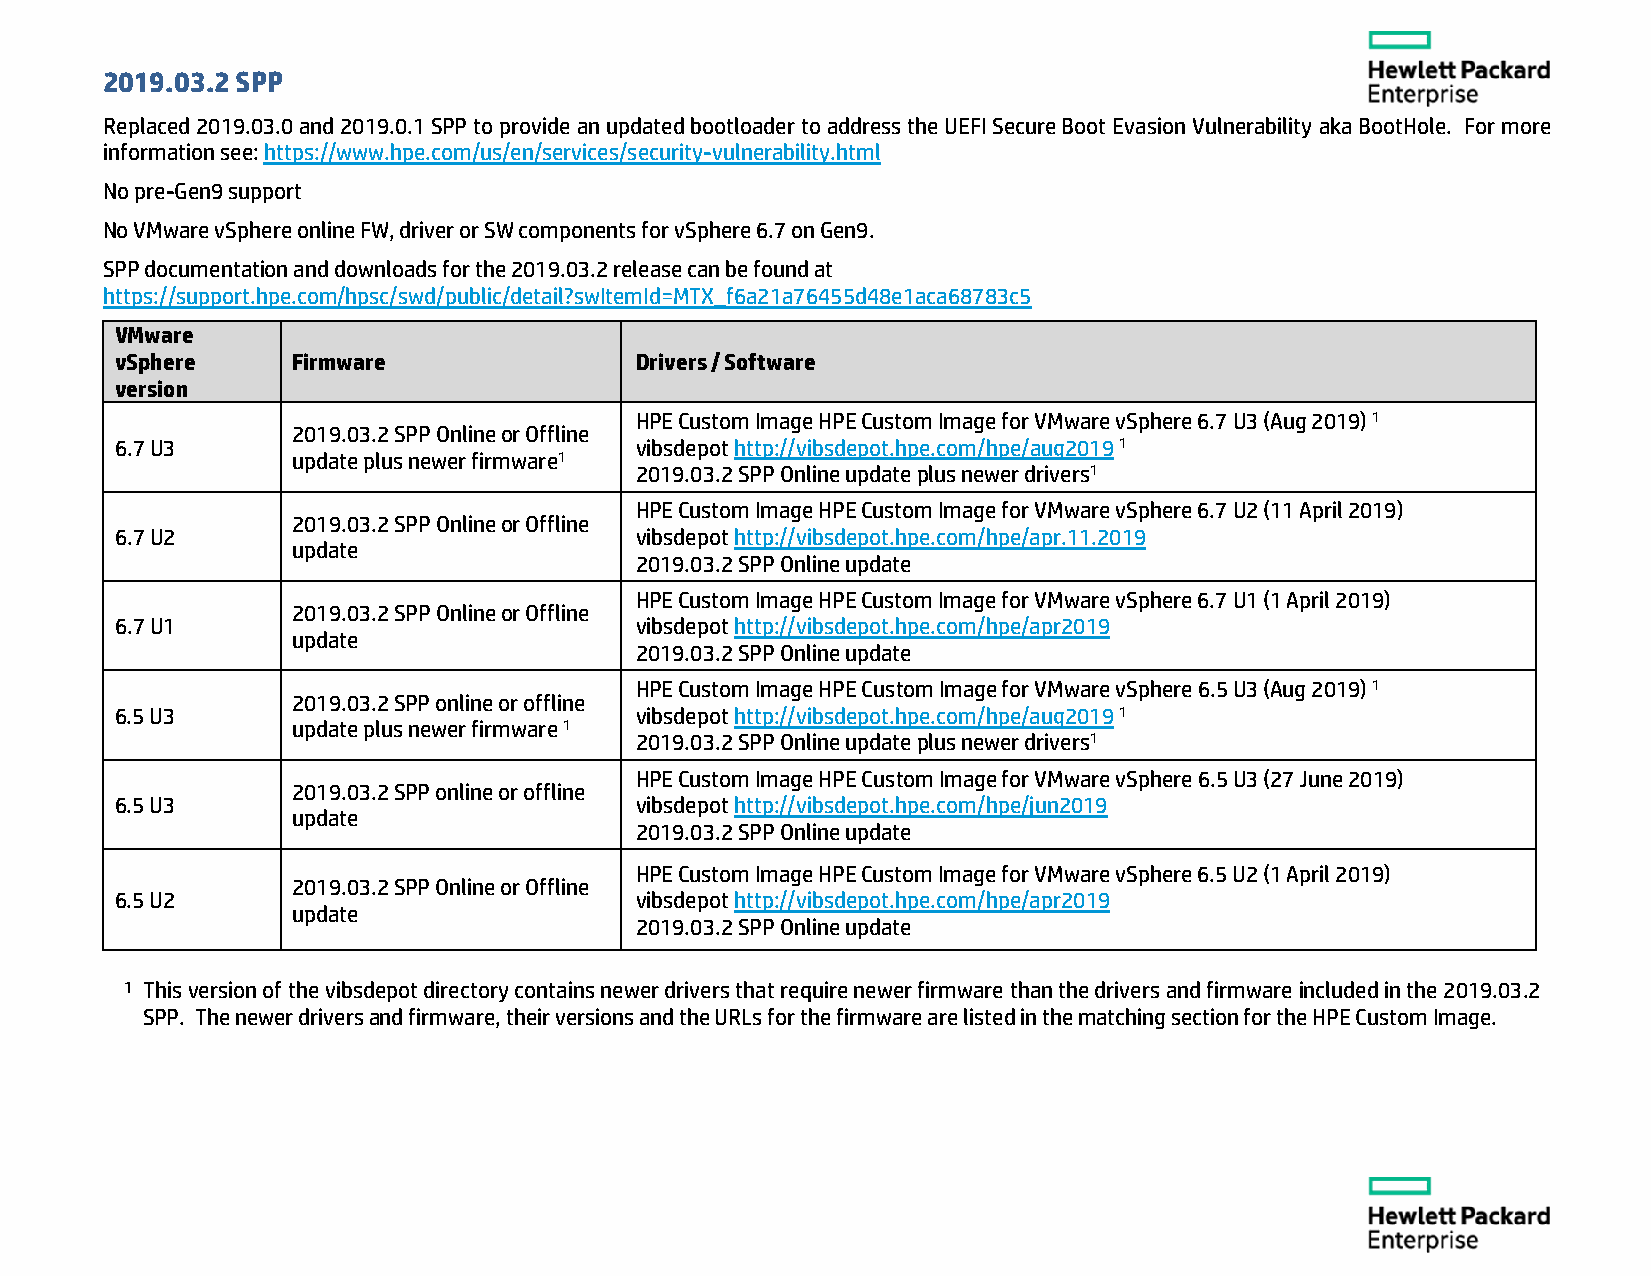
2019.03.2 SPP
 Replaced 2019.03.0 and 2019.0.1 SPP to provide an updated bootloader to address the UEFI Secure Boot Evasion Vulnerability aka BootHole. For more
 information see: https://www.hpe.com/us/en/services/security-vulnerability.html
 No pre-Gen9 support
 No VMware vSphere online FW, driver or SW components for vSphere 6.7 on Gen9.
 SPP documentation and downloads for the 2019.03.2 release can be found at
 https://support.hpe.com/hpsc/swd/public/detail?swItemId=MTX_f6a21a76455d48e1aca68783c5
 VMware
 vSphere    Firmware               Drivers / Software
 version
 HPE Custom Image HPE Custom Image for VMware vSphere 6.7 U3 (Aug 2019) 1
 2019.03.2 SPP Online or Offline
 6.7 U3                            vibsdepot http://vibsdepot.hpe.com/hpe/aug2019 1
 update plus newer firmware1
 2019.03.2 SPP Online update plus newer drivers1
 HPE Custom Image HPE Custom Image for VMware vSphere 6.7 U2 (11 April 2019)
 2019.03.2 SPP Online or Offline
 6.7 U2                            vibsdepot http://vibsdepot.hpe.com/hpe/apr.11.2019
 update
 2019.03.2 SPP Online update
 HPE Custom Image HPE Custom Image for VMware vSphere 6.7 U1 (1 April 2019)
 2019.03.2 SPP Online or Offline
 6.7 U1                            vibsdepot http://vibsdepot.hpe.com/hpe/apr2019
 update
 2019.03.2 SPP Online update
 HPE Custom Image HPE Custom Image for VMware vSphere 6.5 U3 (Aug 2019) 1
 2019.03.2 SPP online or offline
 6.5 U3                            vibsdepot http://vibsdepot.hpe.com/hpe/aug2019 1
 update plus newer firmware 1
 2019.03.2 SPP Online update plus newer drivers1
 HPE Custom Image HPE Custom Image for VMware vSphere 6.5 U3 (27 June 2019)
 2019.03.2 SPP online or offline
 6.5 U3                            vibsdepot http://vibsdepot.hpe.com/hpe/jun2019
 update
 2019.03.2 SPP Online update
 HPE Custom Image HPE Custom Image for VMware vSphere 6.5 U2 (1 April 2019)
 2019.03.2 SPP Online or Offline
 6.5 U2                            vibsdepot http://vibsdepot.hpe.com/hpe/apr2019
 update
 2019.03.2 SPP Online update
 1 This version of the vibsdepot directory contains newer drivers that require newer firmware than the drivers and firmware included in the 2019.03.2
 SPP. The newer drivers and firmware, their versions and the URLs for the firmware are listed in the matching section for the HPE Custom Image.